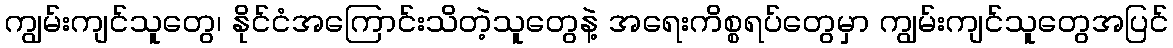
ကျွမ်းကျင်သူတွေ၊ နိုင်ငံအကြောင်းသိတဲ့သူတွေနဲ့ အရေးကိစ္စရပ်တွေမှာ ကျွမ်းကျင်သူတွေအပြင်